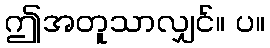
ဤအတူသာလျှင်။ ပ။